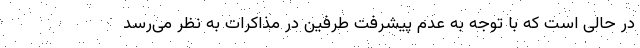
در حالی است که با توجه به عدم پیشرفت طرفین در مذاکرات به نظر می‌رسد